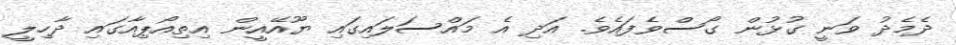
ދެމެދު ވަނީ ގުޅުން ގޯސްވެފައެވެ. އަދި އެ މައްސަލައިގައި ޔޫއޭއީން އިތިއޯޕިއާގައި ދާހިލީ